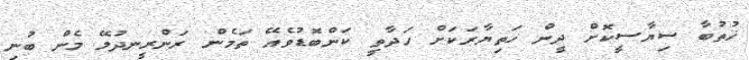
ޚުތުބާ ސިޔާސީކޮށް ދީން ހަތިޔާރަކަށް ހަދާތީ ކަންބޮޑުވެއޭ ތަމެން ރަންރީނދުލޭ މެން ބުނި